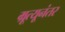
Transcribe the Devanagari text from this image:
म्रूत्यूनंतर